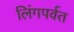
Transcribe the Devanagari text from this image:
लिंगपर्वत